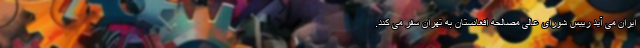
ایران می آید رییس شورای عالی مصالحه افغانستان به تهران سفر می کند.